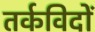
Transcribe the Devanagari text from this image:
तर्कविदों